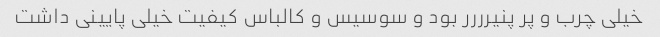
خیلی چرب و پر پنیرررر بود و سوسیس و کالباس کیفیت خیلی پایینی داشت